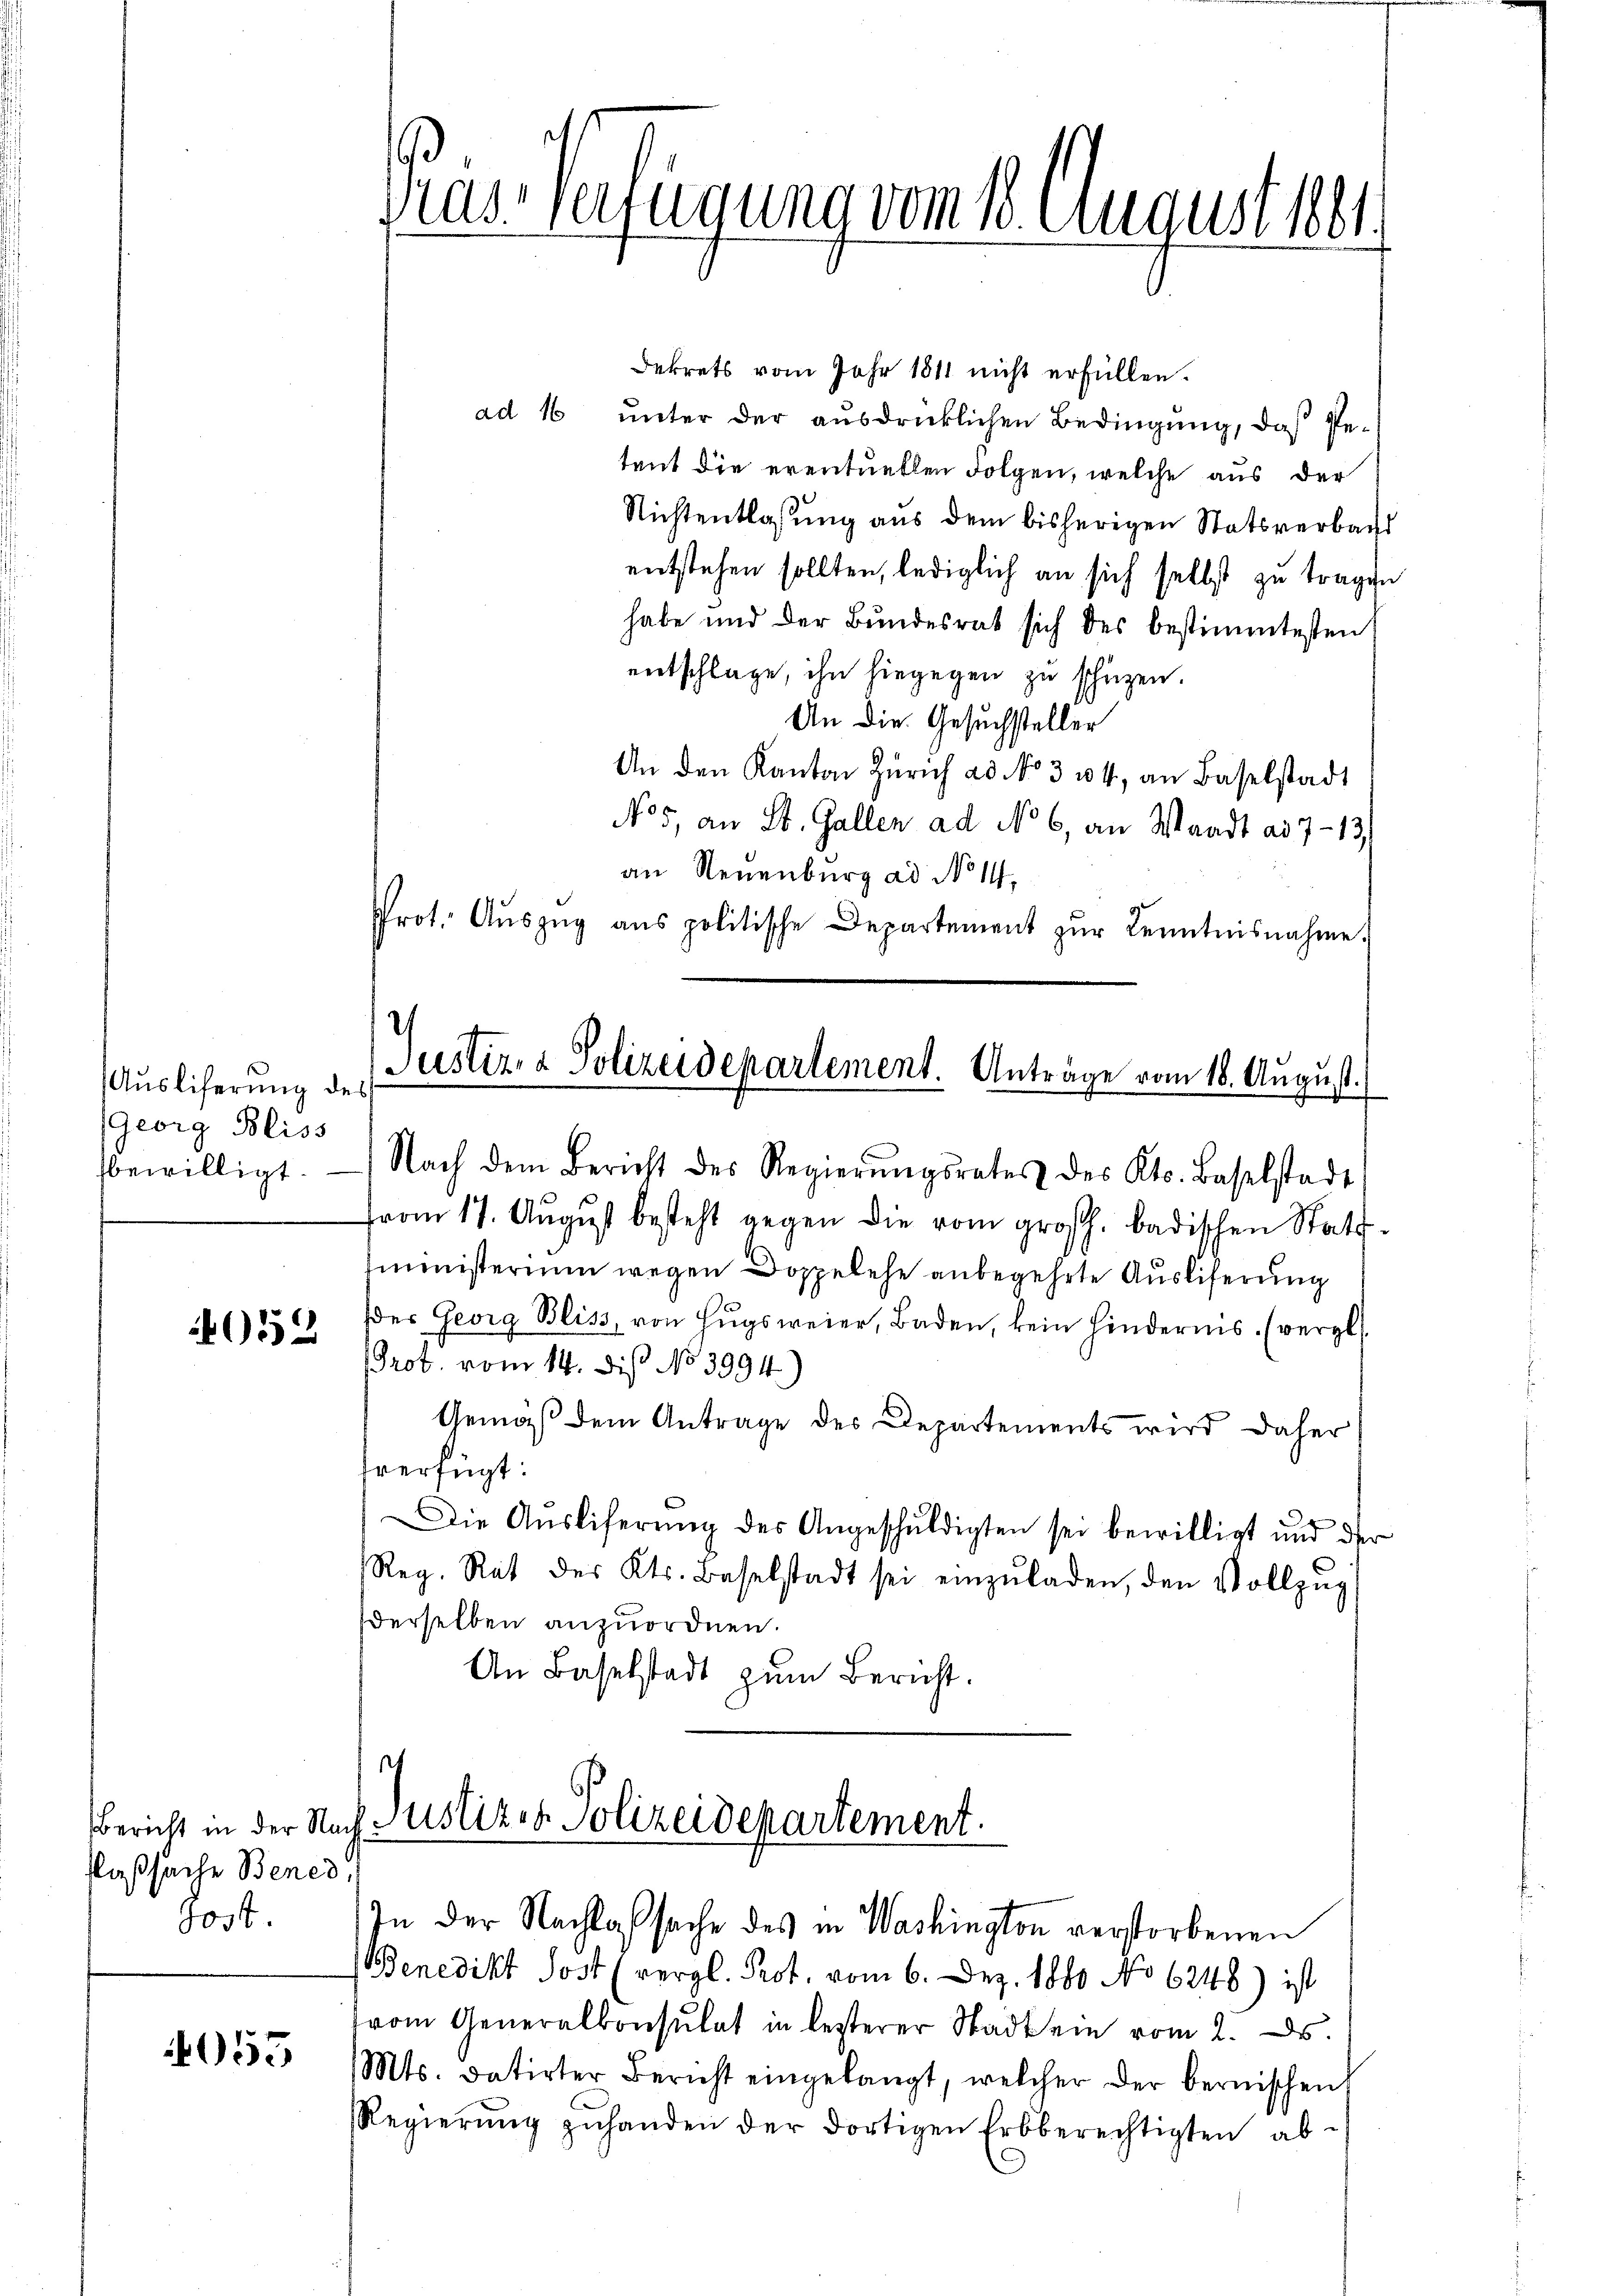
Ausliferung des
Georg Bliss
bewilligt.

4052

Plaßsache Bened
80st

55

Ka
Verfügung vom 18. August 1881.
.

Dekrets vom Jahr 1811 nicht erfüllen.
ad 16 unter der ausdrücklichen Bedingung, daß Petent die eventuellen Folgen, welche aus der
Nichtentlassŭng aus dem bisherigen Statsverbacht
entstehen sollten, lediglich an sich selbst zu tragen
habe und der Bundesrat sich des bestimmtesten
entschlage, ihn hiegegen zu schüzen.
An die Gesuchsteller
An den Kanton Zürich ad No. 314, an Baselstadt
No 5, an St. Gallen ad No 6, an Waadt ad 7-13./
an Neuenburg ad No. 14,
Prot. Aŭszŭg ans politische Departement zŭr Kenntnisnahme.

Justiz- & Polizeidepartement. Anträge vom 18. August.

Nach dem Bericht des Regierŭngsrates des Kts. Baselstadt
fvom 17. August besteht gegen die vom großh. badischen Stattministerium wegen Doppelehe anbegehrte Ausliferung
der Georg Bliss, von Zŭgsweier, Baden, kein Hindernis. (vergl.
Prot. vom 14. Dis No 3994.)
Gemäß dem Antrage des Departements wird daher
sverfügt:
Die Ausliferung des Angeschuldigten sei bewilligt und der
Reg. Rat des Kts. Baselstadt sei einzŭladen, den Vollzug
derselben anzuordnen.
An Baselstadt zum Bericht.

Bericht in der Nach Justizen Polizeidepartement.
In der Nachlafsache des in Washington verstorbenen

Benedikt Post (vergl. Prot. vom 6. Dez. 1880 No 6248) ist
vom Generalkonsulat in letzterer Stadt ein vom 2. ds.
Mts. datirter Bericht eingelangt, welcher der bernischen
Regierŭng zŭhanden der dortigen Erbberechtigten ab-